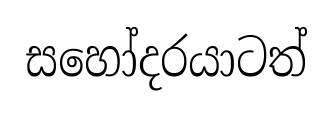
සහෝදරයාටත්